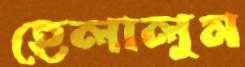
হেলালুম